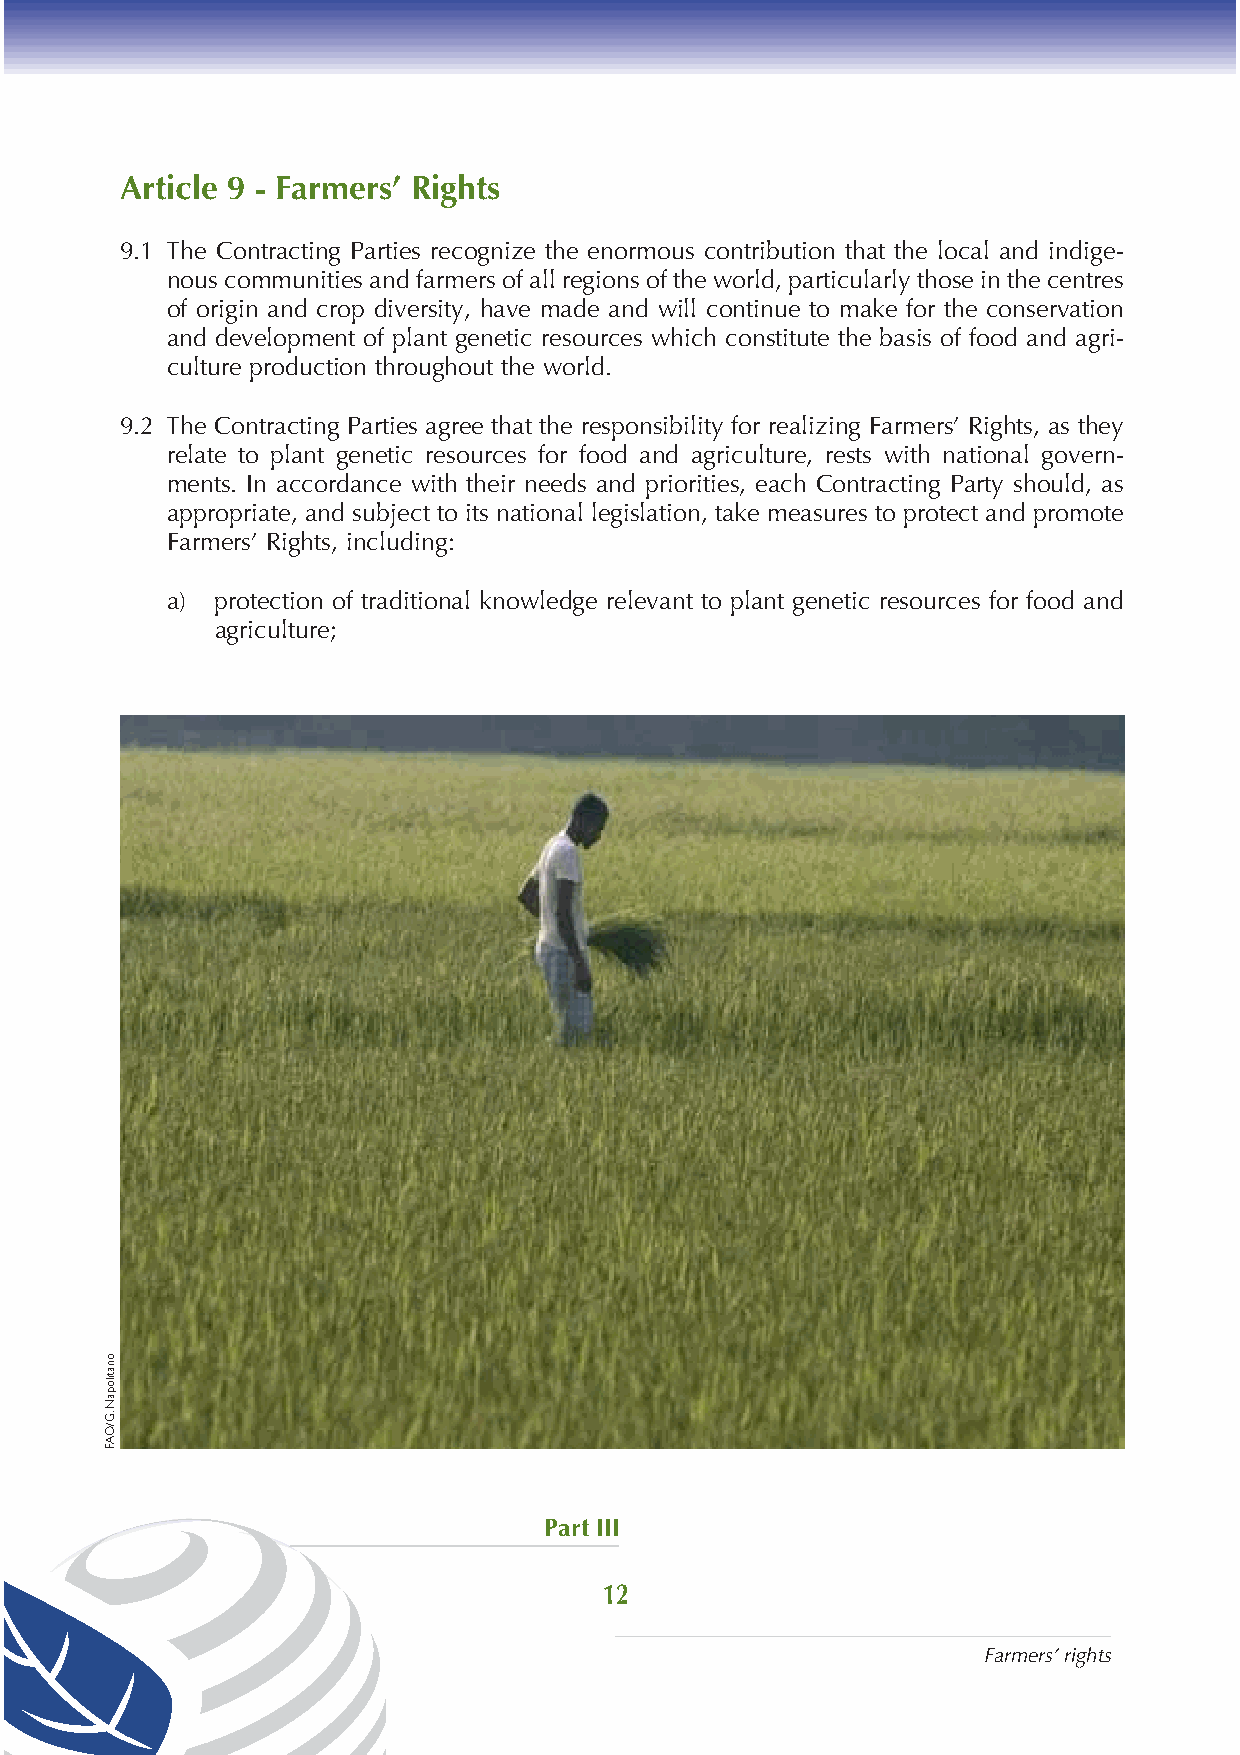
Article 9 - Farmers’ Rights
 9.1 The Contracting Parties recognize the enormous contribution that the local and indige-
 nous communities and farmers of all regions of the world, particularly those in the centres
 of origin and crop diversity, have made and will continue to make for the conservation
 and development of plant genetic resources which constitute the basis of food and agri-
 culture production throughout the world.
 9.2 The Contracting Parties agree that the responsibility for realizing Farmers’ Rights, as they
 relate to plant genetic resources for food and agriculture, rests with national govern-
 ments. In accordance with their needs and priorities, each Contracting Party should, as
 appropriate, and subject to its national legislation, take measures to protect and promote
 Farmers’ Rights, including:
 a) protection of traditional knowledge relevant to plant genetic resources for food and
 agriculture;
 Part III
 12
 Farmers’ rights
 onatilopaN
 .G/OAF